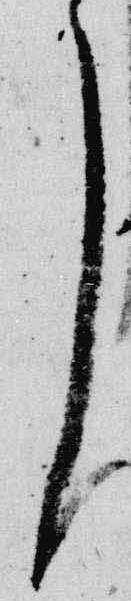
了